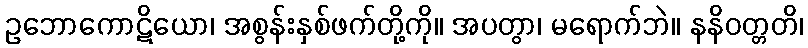
ဥဘောကောဋိယော၊ အစွန်းနှစ်ဖက်တို့ကို။ အပတွာ၊ မရောက်ဘဲ။ နနိဝတ္တတိ၊